Indian journal of veterinary science and animal husbandry - Volumes 15-17, 1948-1951
Year: 1948
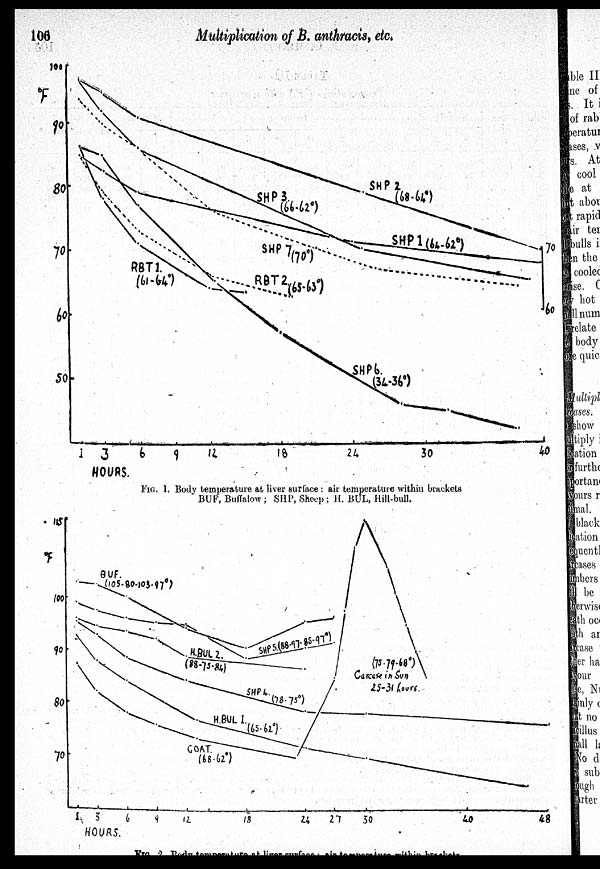
100
Multiplication of B. anthracis, etc.
FIG. 1. Body temperature at liver surface: air temperature within brackets
BUF, Buffalow; SHP, Sheep: H. BUL, Hill-bull.
FIG. 2. Body tempreature at liver surface: air tempreature within brackets